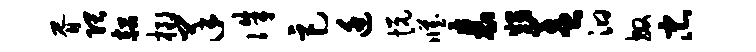
胥隈赧榔羊侏巨廷悦臧表甥盖汩敏忠